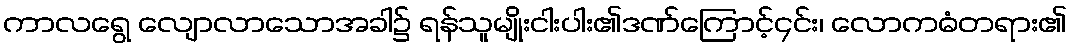
ကာလရွေ လျောလာသောအခါ၌ ရန်သူမျိုးငါးပါး၏ဒဏ်ကြောင့်၄င်း၊ လောကဓံတရား၏